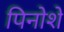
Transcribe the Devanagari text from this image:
पिनोशे